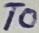
Text: T0